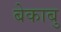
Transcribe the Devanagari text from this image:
बेकाबु